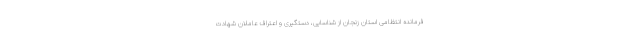
فرمانده انتظامی استان زنجان از شناسایی، دستگیری و اعتراف عاملان شهادت